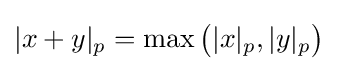
|x+y|_{p}=\max {\bigl (}|x|_{p},|y|_{p}{\bigr )}